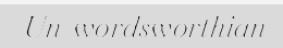
Un-wordsworthian